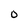
Character: O